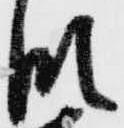
段